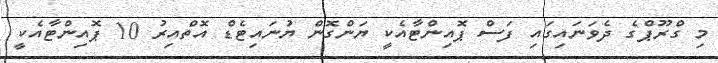
މި ގްރޫޕްގެ ދެވަނައިގައި ފަސް ޕޮއިންޓާއެކީ ޔަންގޮން ޔުނައިޓެޑް އޮތްއިރު 10 ޕޮއިންޓާއެކީ